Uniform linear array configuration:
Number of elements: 48
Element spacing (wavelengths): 0.25
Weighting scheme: exponential
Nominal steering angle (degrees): -45
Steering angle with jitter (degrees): -43.413
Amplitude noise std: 0.05
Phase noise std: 0.05

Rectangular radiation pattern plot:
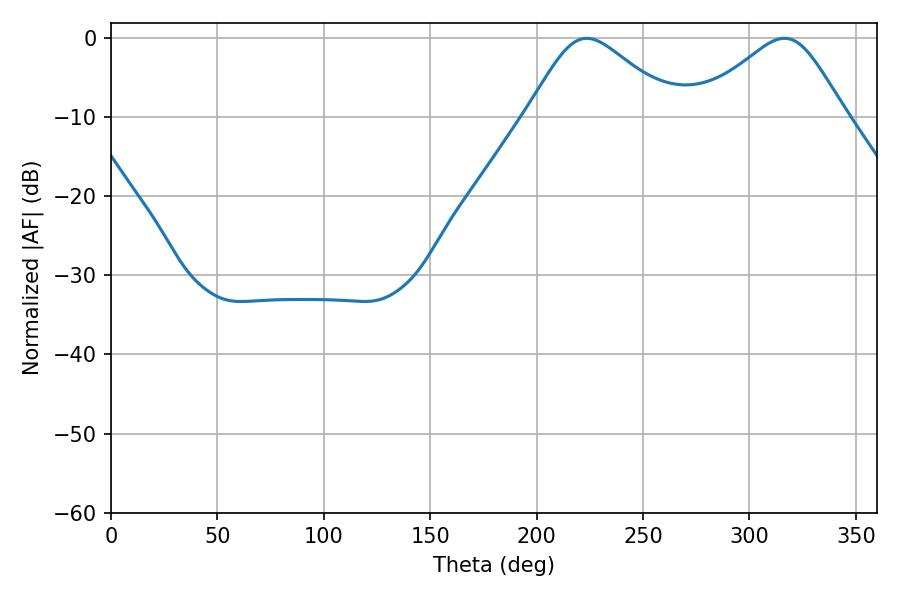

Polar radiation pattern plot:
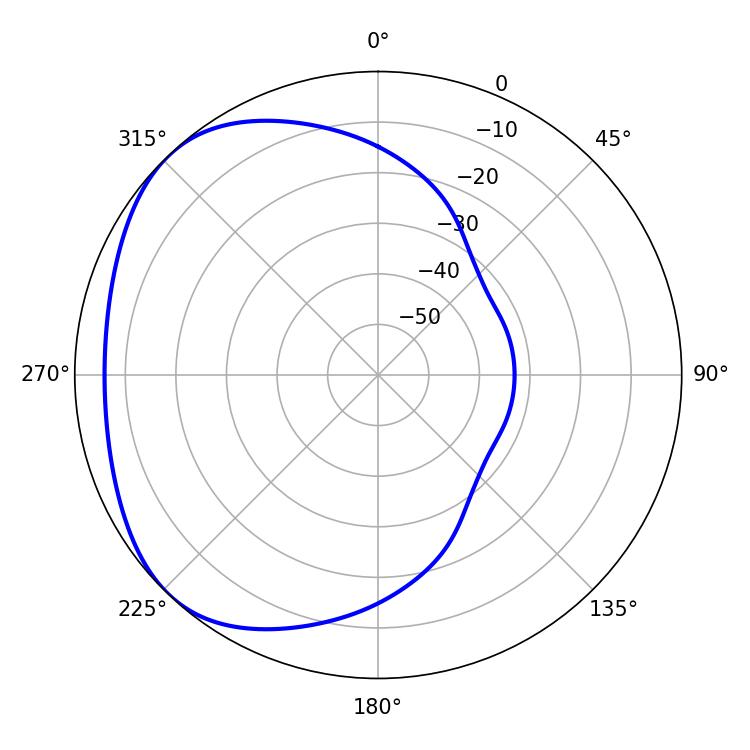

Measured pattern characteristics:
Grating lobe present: FALSE
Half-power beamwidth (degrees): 34.2
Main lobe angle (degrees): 223.56